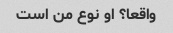
واقعا؟ او نوع من است